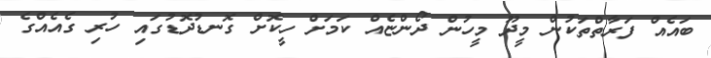
ބައެއް ފަރާތްތަކުން މީދޫ މީހުން ދޯންޏެއް ކަމަށް ހީކޮށް ގޮނޑުދޮޑުގައި ހުރި ގެއެއްގެ